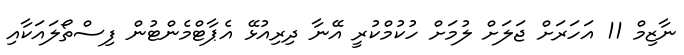
ނާޒިމް 11 އަހަރަށް ޖަލަށް ލުމަށް ހުކުމްކުރީ އޭނާ ދިރިއުޅޭ އެޕާޓްމެންޓުން ފިސްތޯލައަކާއި